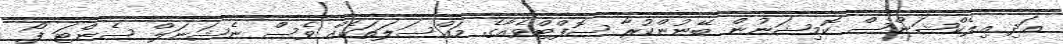
އަދި އިލެކްޝަންސް ކޮމިޝަނުން ބޭނުންކުރާ ސޮފްޓްވެއާގެ މައްސަލަތަކެއް ވެސް ނެޝަނަލް ސެންޓަ ފޯ